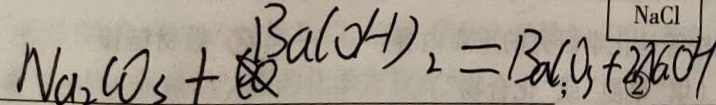
N _ { 2 } C O _ { 3 } + B a ( O H ) _ { 2 } = B C O _ { 3 } + 2 N a O H